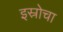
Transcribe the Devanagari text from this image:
इस्रोचा